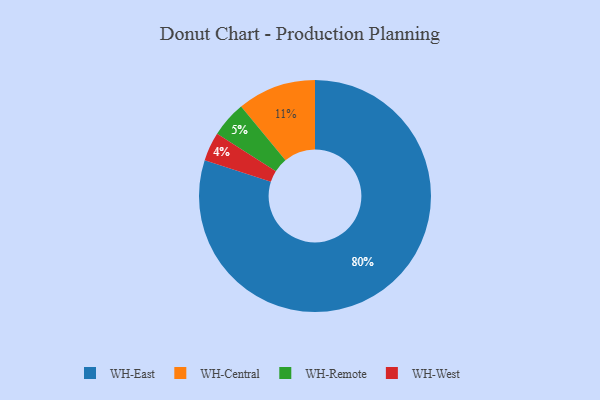
{"axis": {"x": "Category", "y": "Percentage"}, "legend": ["WH-Central", "WH-East", "WH-Remote", "WH-West"], "data": [{"x": "WH-Central", "y": 11, "type": "WH-Central"}, {"x": "WH-East", "y": 80, "type": "WH-East"}, {"x": "WH-Remote", "y": 5, "type": "WH-Remote"}, {"x": "WH-West", "y": 4, "type": "WH-West"}]}